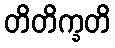
တိတိက္ခတိ